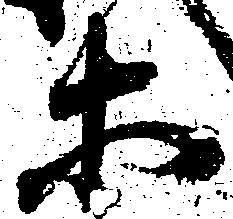
等